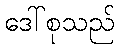
ဒေါ်စုသည်